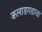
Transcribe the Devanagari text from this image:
कलाडगडाचा